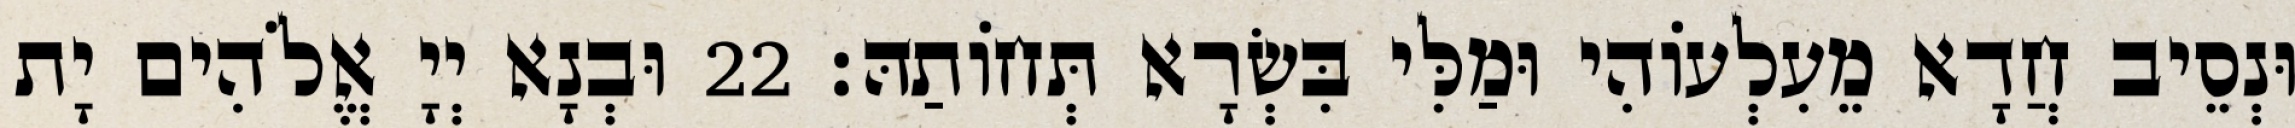
וּנְסֵיב חֲדָא מֵעִלְעוֹהִי וּמַלִּי בִּשְׂרָא תְּחוֹתַהּ׃ 22 וּבְנָא יְיָ אֱלֹהִים יָת